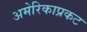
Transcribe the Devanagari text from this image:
अमेरिकाप्रकट